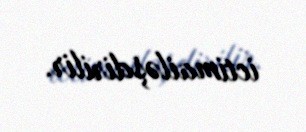
ictimailəşdirilir.